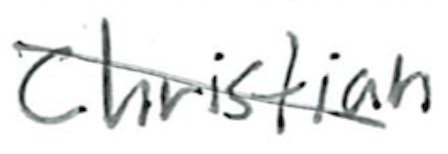
Text: Christian
Cross-out: diagonal
Writing tool: ballpoint